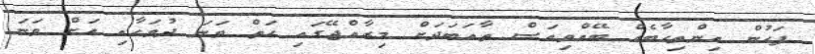
ފަހުން އިންތިހާބެއް ބޭއްވިއަސް ތާއަބަދަށް މިރާއްޖޭގައި ހަތް ވަނަ ދުވަހާއި އަށް ވަނަ